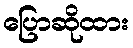
ပြောဆိုထား